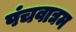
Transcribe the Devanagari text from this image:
पंचवाद्यम